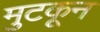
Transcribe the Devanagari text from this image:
मुटकून